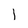
Character: I